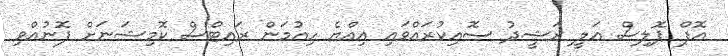
އޮފް ޕޮލިސް ޢަލީ ރަޝީދު ސޮއިކުރައްވައި އިއްޔެ ހިއުމަން ރައިޓްސް ކޮމިޝަނަށް ފޮނުއްވި